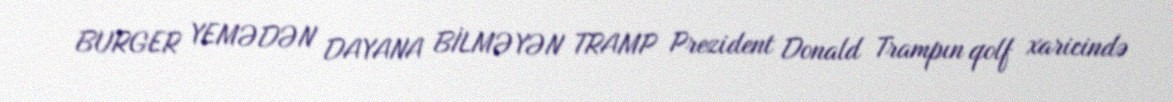
BURGER YEMƏDƏN DAYANA BİLMƏYƏN TRAMP Prezident Donald Trampın qolf xaricində